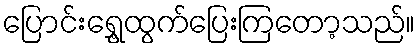
ပြောင်းရွှေ့ထွက်ပြေးကြတော့သည်။